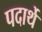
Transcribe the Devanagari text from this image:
पदार्थे